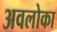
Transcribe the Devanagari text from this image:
अवलोका